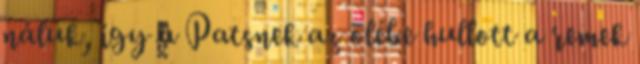
náluk, így a Patsnek az ölébe hullott a remek